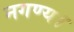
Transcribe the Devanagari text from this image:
नगण्य।